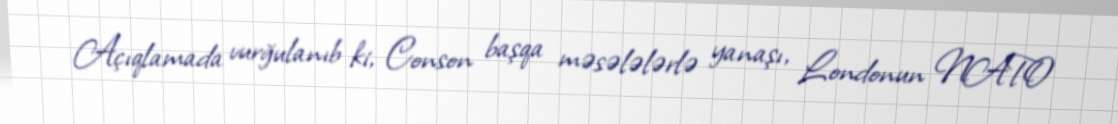
Açıqlamada vurğulanıb ki, Conson başqa məsələlərlə yanaşı, Londonun NATO